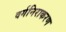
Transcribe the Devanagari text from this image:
वर्गनिराकरण